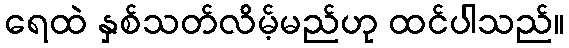
ရေထဲ နှစ်သတ်လိမ့်မည်ဟု ထင်ပါသည်။